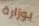
بوزارة